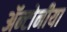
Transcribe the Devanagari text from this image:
ॲन्टोनीया